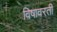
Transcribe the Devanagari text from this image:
विषावरती